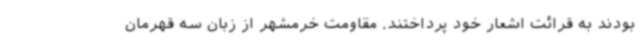
بودند به قرائت اشعار خود پرداختند. مقاومت خرمشهر از زبان سه قهرمان